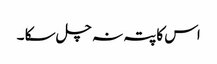
اس کا پتہ نہ چل سکا ۔